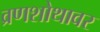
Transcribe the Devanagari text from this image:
व्रणशोथावर